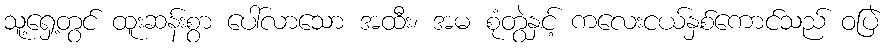
သူ့ရှေ့တွင် ထူးဆန်းစွာ ပေါ်လာသော အထီး၊ အမ စုံတွဲနှင့် ကလေးငယ်နှစ်ကောင်သည် ဝပြဲ